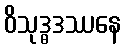
ဝိသုဒ္ဓဒဿနေ